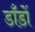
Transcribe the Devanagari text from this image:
डाँडों